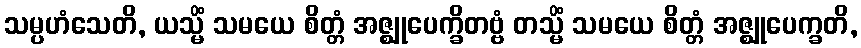
သမ္ပဟံသေတိ, ယသ္မိံ သမယေ စိတ္တံ အဇ္ဈုပေက္ခိတဗ္ဗံ တသ္မိံ သမယေ စိတ္တံ အဇ္ဈုပေက္ခတိ,